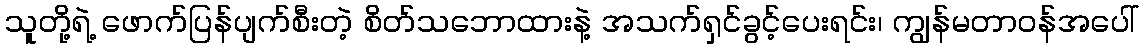
သူတို့ရဲ့ ဖောက်ပြန်ပျက်စီးတဲ့ စိတ်သဘောထားနဲ့ အသက်ရှင်ခွင့်ပေးရင်း၊ ကျွန်မတာဝန်အပေါ်